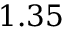
1 . 3 5